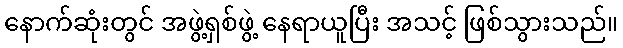
နောက်ဆုံးတွင် အဖွဲ့ရှစ်ဖွဲ့ နေရာယူပြီး အသင့် ဖြစ်သွားသည်။